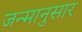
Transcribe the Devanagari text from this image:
जन्मानुसार